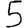
Digit: 5